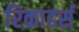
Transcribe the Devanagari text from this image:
रिकाडर्स